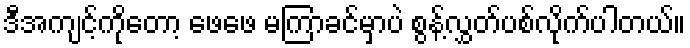
ဒီအကျင့်ကိုတော့ ဖေဖေ မကြာခင်မှာပဲ စွန့်လွှတ်ပစ်လိုက်ပါတယ်။